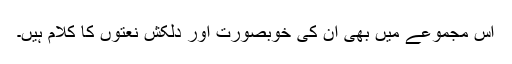
اس مجموعے میں بھی ان کی خوبصورت اور دلکش نعتوں کا کلام ہیں۔